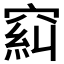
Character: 𱷉